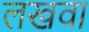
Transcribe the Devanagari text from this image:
लखवा